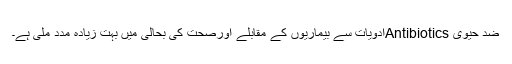
ضد حیوی Antibioticsادویات سے بیماریوں کے مقابلے اورصحت کی بحالی میں بہت زیادہ مدد ملی ہے۔